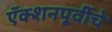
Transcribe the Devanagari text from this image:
ऍक्शनपूर्वीचे